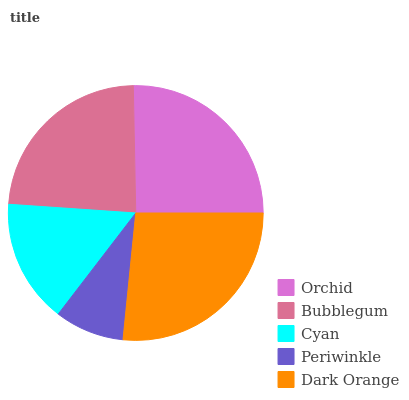
| Orchid | Bubblegum | Cyan | Periwinkle | Dark Orange |
 | --- | --- | --- | --- | --- |
 | 25.3% | 23.6% | 15.7% | 8.82% | 26.6% |